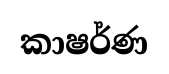
කාෂර්ණ